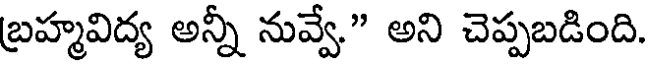
బ్రహ్మవిద్య అన్నీ నువ్వే." అని చెప్పబడింది.